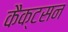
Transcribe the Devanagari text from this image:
कैक्टसन